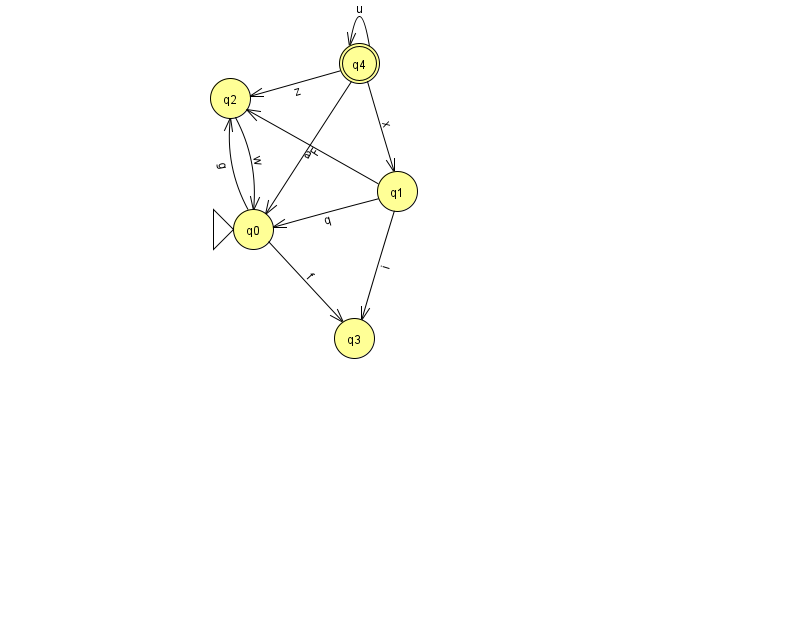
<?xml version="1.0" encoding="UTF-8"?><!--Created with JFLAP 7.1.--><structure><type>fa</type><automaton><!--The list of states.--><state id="0" name="q0"><x>253.0</x><y>216.0</y><initial/></state><state id="1" name="q1"><x>397.0</x><y>178.0</y></state><state id="2" name="q2"><x>230.0</x><y>85.0</y></state><state id="3" name="q3"><x>354.0</x><y>325.0</y></state><state id="4" name="q4"><x>359.0</x><y>50.0</y><final/></state><!--The list of transitions.--><transition><from>0</from><to>2</to><read>g</read></transition><transition><from>2</from><to>0</to><read>w</read></transition><transition><from>4</from><to>2</to><read>z</read></transition><transition><from>4</from><to>4</to><read>u</read></transition><transition><from>1</from><to>0</to><read>q</read></transition><transition><from>4</from><to>1</to><read>x</read></transition><transition><from>1</from><to>3</to><read>i</read></transition><transition><from>0</from><to>3</to><read>f</read></transition><transition><from>4</from><to>0</to><read>F</read></transition><transition><from>1</from><to>2</to><read>a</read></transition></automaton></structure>